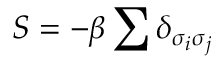
S = - \beta \sum \delta _ { \sigma _ { i } \sigma _ { j } }